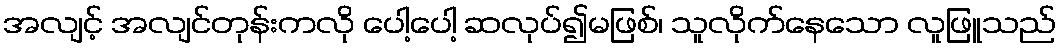
အလျင့် အလျင်တုန်းကလို ပေါ့ပေါ့ ဆလုပ်၍မဖြစ်၊ သူလိုက်နေသော လူဖြူသည်